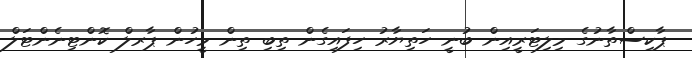
ޕާކިސްތާނުގެ މިލިޓަރީއިން ބުނީ ހަތިޔާރު ހިފައިގެން ތިބި ތިން މީހުން ޕާރލް ކޮންޓިނެންޓަލް